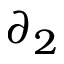
\partial _ { 2 }